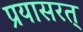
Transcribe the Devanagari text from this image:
प्रयासरत्